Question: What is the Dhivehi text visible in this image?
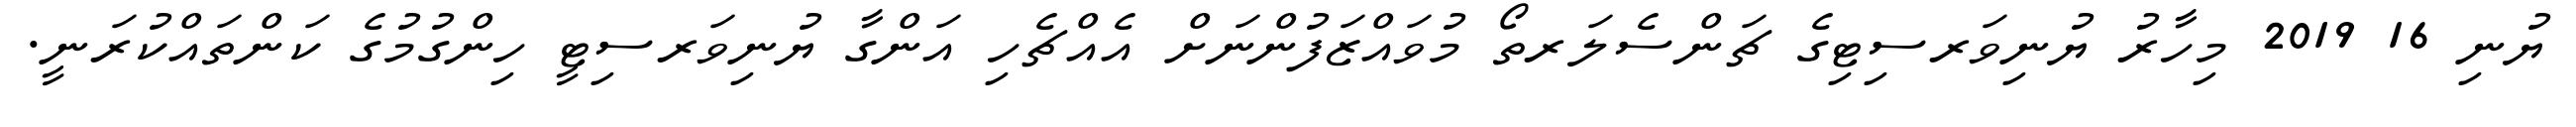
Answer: ޔުނި 16 2019 މިހާރު ޔުނިވަރސިޓިގެ ޗަންސެލަރތޯ މުވައްޒަފުންނަށް އެއްޗެހި އަންގާ ޔުނިވަރސިޓީ ހިންގުމުގެ ކަންތައްކުރަނީ.